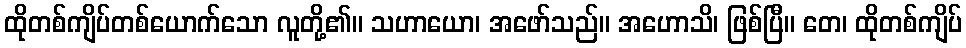
ထိုတစ်ကျိပ်တစ်ယောက်သော လူတို့၏။ သဟာယော၊ အဖော်သည်။ အဟောသိ၊ ဖြစ်ပြီ။ တေ၊ ထိုတစ်ကျိပ်